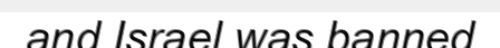
and Israel was banned